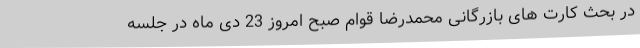
در بحث کارت های بازرگانی محمدرضا قوام صبح امروز 23 دی ماه در جلسه